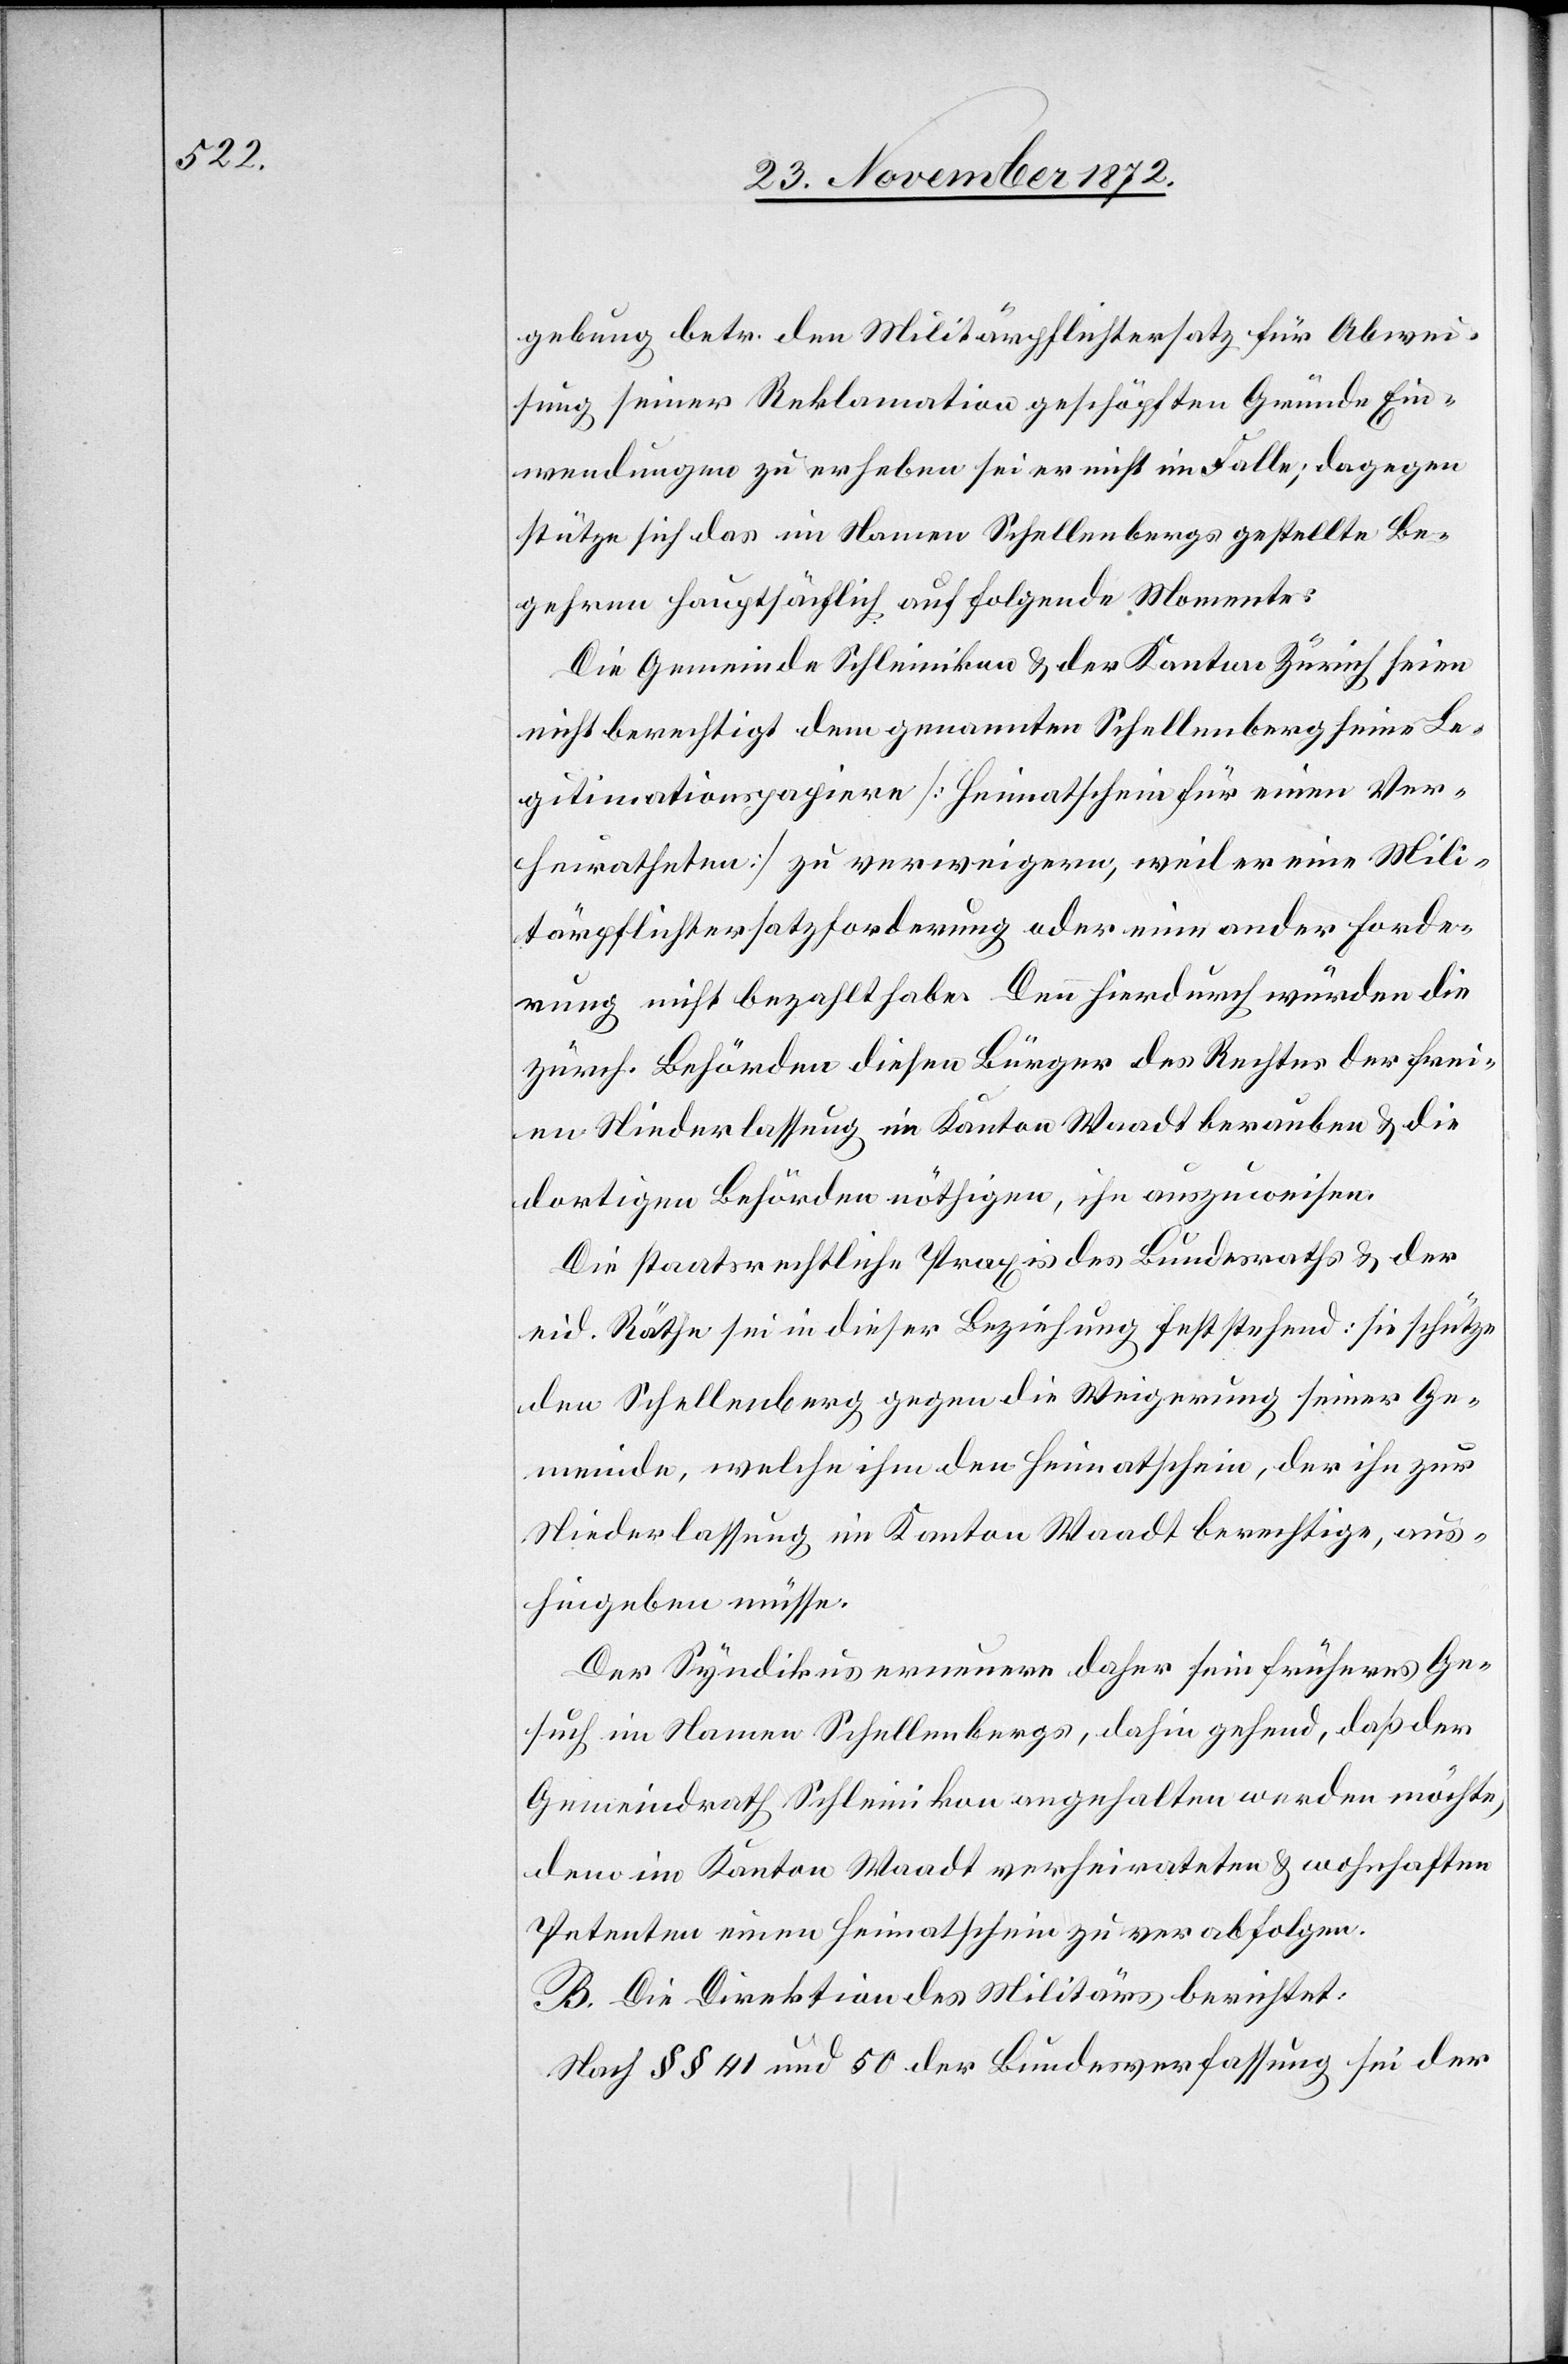
gebung betr. den Militärpflichtersatz für Abwei¬
sung seiner Reklamation geschöpften Gründe Ein¬
wendungen zu erheben sei er nicht im Falle; dagegen
stütze sich das im Namen Schellenbergers gestellte Be¬
gehren hauptsächlich auf folgende Momente:
Die Gemeinde Schleinikon u. der Kanton Zürich seien
nicht berechtigt dem genannten Schellenberg seine Le¬
gitimationspapiere [Heimatschein für einen Ver¬
heiratheten] zu verweigern, weil er eine Mili¬
tärpflichtersatzforderung oder eine ander[e] Forde¬
rung nicht bezahlt habe. Denn hierdurch würden die
zürch. Behörden diesen Bürger des Rechtes der frei¬
en Niederlassung im Kanton Waadt berauben u. die
dortigen Behörden nöthigen, ihn auszuweisen.
Die staatsrechtliche Praxis des Bundesrathes u. der
eid. Räthe sei in dieser Beziehung feststehend: sie schütze
den Schellenberg gegen die Weigerung seiner Ge¬
meinde, welche ihm den Heimatschein, der ihn zur
Niederlassung im Kanton Waadt berechtige, aus¬
hingeben müsse.
Der Syndikus erneuere daher sein früheres Ge¬
such im Namen Schellenbergs, dahin gehend, daß der
Gemeindrath Schleinikon angehalten werden möchte,
dem im Kanton Waadt verheirateten u. wohnhaften
Petenten einen Heimatschein zu verabfolgen.
B. Die Direktion des Militärs berichtet:
Nach §§ 41 und 50 der Bundesverfassung sei der